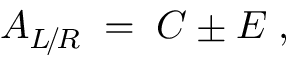
A _ { L \! / \! R } \; = \; C \pm E \; ,